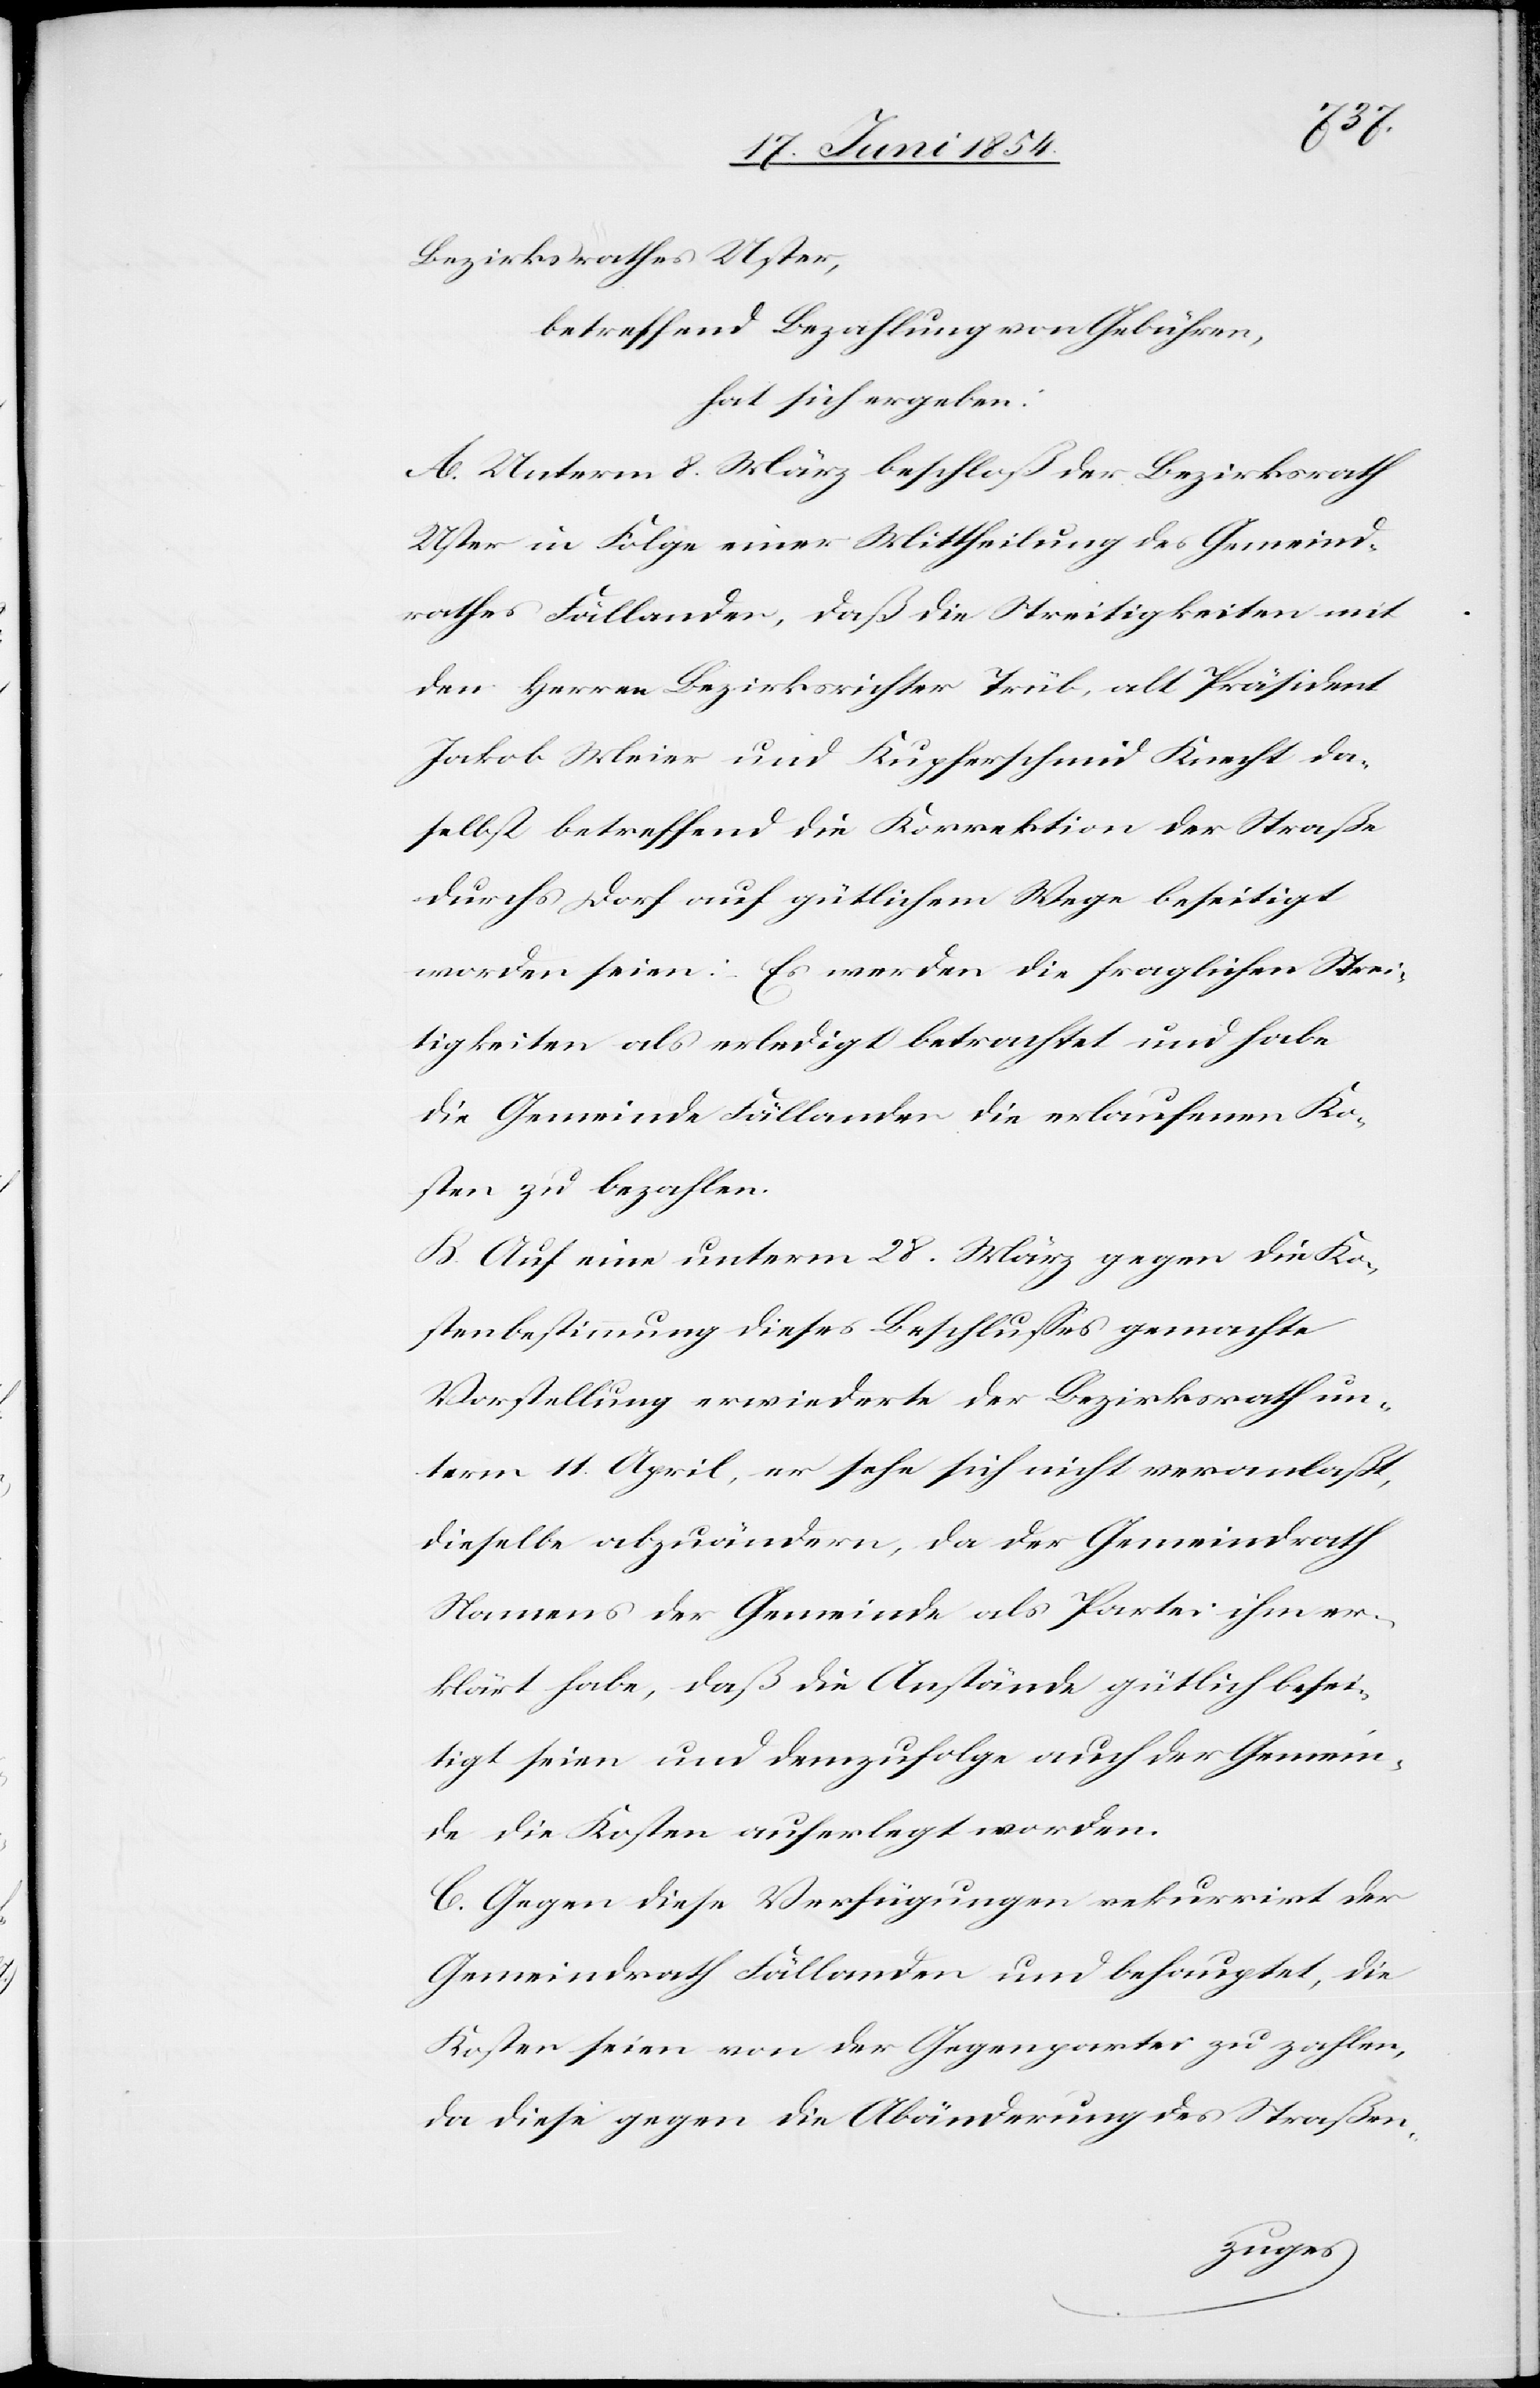
Bezirksrathes Uster,
betreffend Bezahlung von Gebühren,
hat sich ergeben:
A. Unterm 8. März beschloß der Bezirksrath
Uster in Folge einer Mittheilung des Gemeind¬
rathes Fällanden, daß die Streitigkeiten mit
den Herren Bezirksrichter Trüb, alt Präsident
Jakob Meier und Kupferschmid Knecht da¬
selbst betreffend die Korrektion der Straße
durchs Dorf auf gütlichem Wege beseitigt
worden seien: Es werden die fraglichen Strei¬
tigkeiten als erledigt betrachtet und habe
die Gemeinde Fällanden die erlaufenen Ko¬
sten zu bezahlen.
B. Auf eine unterm 28. März gegen die Ko¬
stenbestimmung dieses Beschlußes gemachte
Vorstellung erwiederte der Bezirksrath un¬
term 11. April, er sehe sich nicht veranlaßt,
dieselbe abzuändern, da der Gemeindrath
Namens der Gemeinde als Partei ihm er¬
klärt habe, daß die Anstände gütlich beschei¬
nigt seien und demzufolge auch der Gemein¬
de die Kosten auferlegt worden.
C. Gegen diese Verfügungen rekurrirt der
Gemeindrath Fällanden und behauptet, die
Kosten seien von der Gegenpartei zu zahlen,
da diese gegen die Abänderung des Straßen-